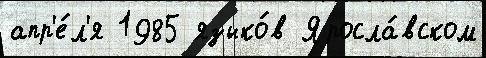
апр'е́л'я 1985 языко́в Яросла́вском